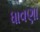
ધાવણા